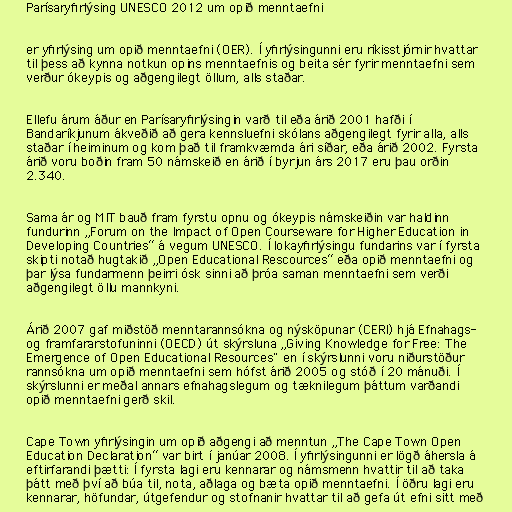
Parísaryfirlýsing UNESCO 2012 um opið menntaefni

er yfirlýsing um opið menntaefni (OER). Í yfirlýsingunni eru ríkisstjórnir hvattar
til þess að kynna notkun opins menntaefnis og beita sér fyrir menntaefni sem
verður ókeypis og aðgengilegt öllum, alls staðar.

Ellefu árum áður en Parísaryfirlýsingin varð til eða árið 2001 hafði í
Bandaríkjunum ákveðið að gera kennsluefni skólans aðgengilegt fyrir alla, alls
staðar í heiminum og kom það til framkvæmda ári síðar, eða árið 2002. Fyrsta
árið voru boðin fram 50 námskeið en árið í byrjun árs 2017 eru þau orðin
2.340.

Sama ár og MIT bauð fram fyrstu opnu og ókeypis námskeiðin var haldinn
fundurinn „Forum on the Impact of Open Courseware for Higher Education in
Developing Countries“ á vegum UNESCO. Í lokayfirlýsingu fundarins var í fyrsta
skipti notað hugtakið „Open Educational Rescources“ eða opið menntaefni og
þar lýsa fundarmenn þeirri ósk sinni að þróa saman menntaefni sem verði
aðgengilegt öllu mannkyni.

Árið 2007 gaf miðstöð menntarannsókna og nýsköpunar (CERI) hjá Efnahags-
og framfararstofuninni (OECD) út skýrsluna „Giving Knowledge for Free: The
Emergence of Open Educational Resources" en í skýrslunni voru niðurstöður
rannsókna um opið menntaefni sem hófst árið 2005 og stóð í 20 mánuði. Í
skýrslunni er meðal annars efnahagslegum og tæknilegum þáttum varðandi
opið menntaefni gerð skil.

Cape Town yfirlýsingin um opið aðgengi að menntun „The Cape Town Open
Education Declaration“ var birt í janúar 2008. Í yfirlýsingunni er lögð áhersla á
eftirfarandi þætti: Í fyrsta lagi eru kennarar og námsmenn hvattir til að taka
þátt með því að búa til, nota, aðlaga og bæta opið menntaefni. Í öðru lagi eru
kennarar, höfundar, útgefendur og stofnanir hvattar til að gefa út efni sitt með